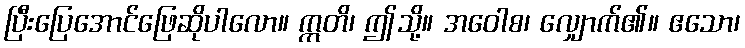
ပြီးပြေအောင်ဖြေဆိုပါလော။ ဣတိ၊ ဤသို့။ အဝေါစ၊ လျှောက်၏။ ဧသော၊